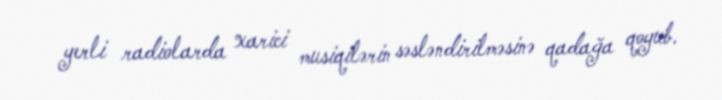
yerli radiolarda xarici musiqilərin səsləndirilməsinə qadağa qoyub.